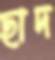
ছাদ